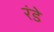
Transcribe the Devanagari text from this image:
रंडे